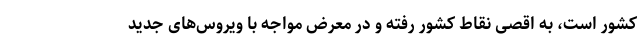
کشور است، ‌به اقصی نقاط کشور رفته و در معرض مواجه با ویروس‌های جدید